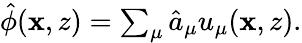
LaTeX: \begin{array}{r}{\hat{\phi}(\mathbf{x},z)=\sum_{\mu}\hat{a}_{\mu}u_{\mu}(\mathbf{x},z).}\end{array}